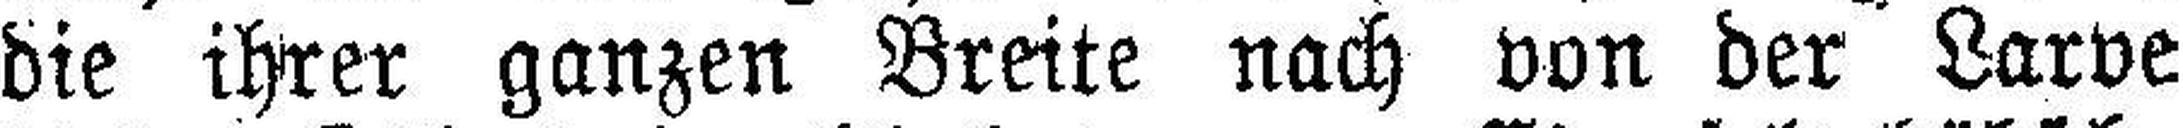
die ihrer ganzen Breite nach von der Larve